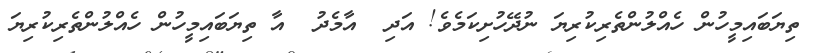
ތިޔަބައިމީހުން ހެއްލުންތެރިކުރިޔަ ނުދޭހުށިކަމެވެ! އަދި  އާމެދު  އާ ތިޔަބައިމީހުން ހެއްލުންތެރިކުރިޔަ